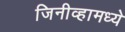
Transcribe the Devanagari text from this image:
जिनीव्हामध्ये